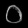
Digit: ၀